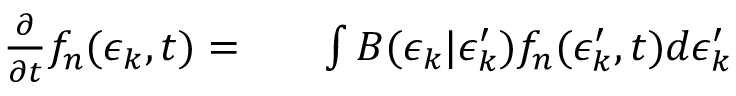
\begin{array} { r l r } { \frac { \partial } { \partial t } f _ { n } ( \epsilon _ { k } , t ) = } & { { } } & { \int B ( \epsilon _ { k } | \epsilon _ { k } ^ { \prime } ) f _ { n } ( \epsilon _ { k } ^ { \prime } , t ) d \epsilon _ { k } ^ { \prime } } \end{array}